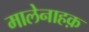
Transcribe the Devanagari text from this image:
मालेनाहक़